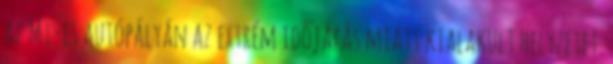
az M1-es autópályán az extrém időjárás miatt kialakult helyzetet.